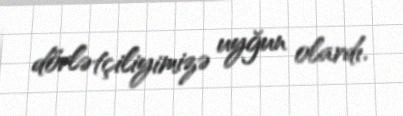
dövlətçiliyimizə uyğun olardı.